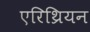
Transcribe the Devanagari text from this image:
एरिथ्रियन